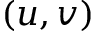
( u , v )